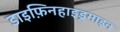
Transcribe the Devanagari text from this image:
डाइफ़िनहाइड्रमाइन